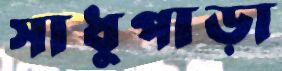
সাধুপাড়া